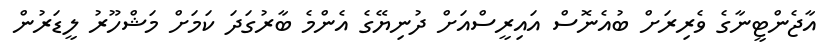
އާޖެންޓީނާގެ ވެރިރަށް ބުއެނޮސް އައިރީސްއަށް ދުނިޔޭގެ އެންމެ ބާރުގަދަ ކަމަށް މަޝްހޫރު ލީޑަރުން